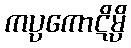
ကပ္ပကောဋိမ္ပိ